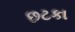
છટકા